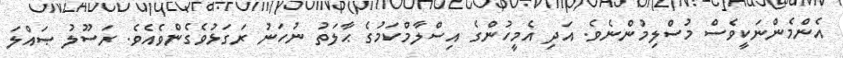
އެންމެންނަކީވެސް މުސްލިމުންނެވެ. އަދި އެމީހުންގެ އިސްލާމްކަމުގެ ޙާލަތު ނުހަނު ރަގަޅުވެގެންވެއެވެ. ރަސޫލު ޞައްލަ